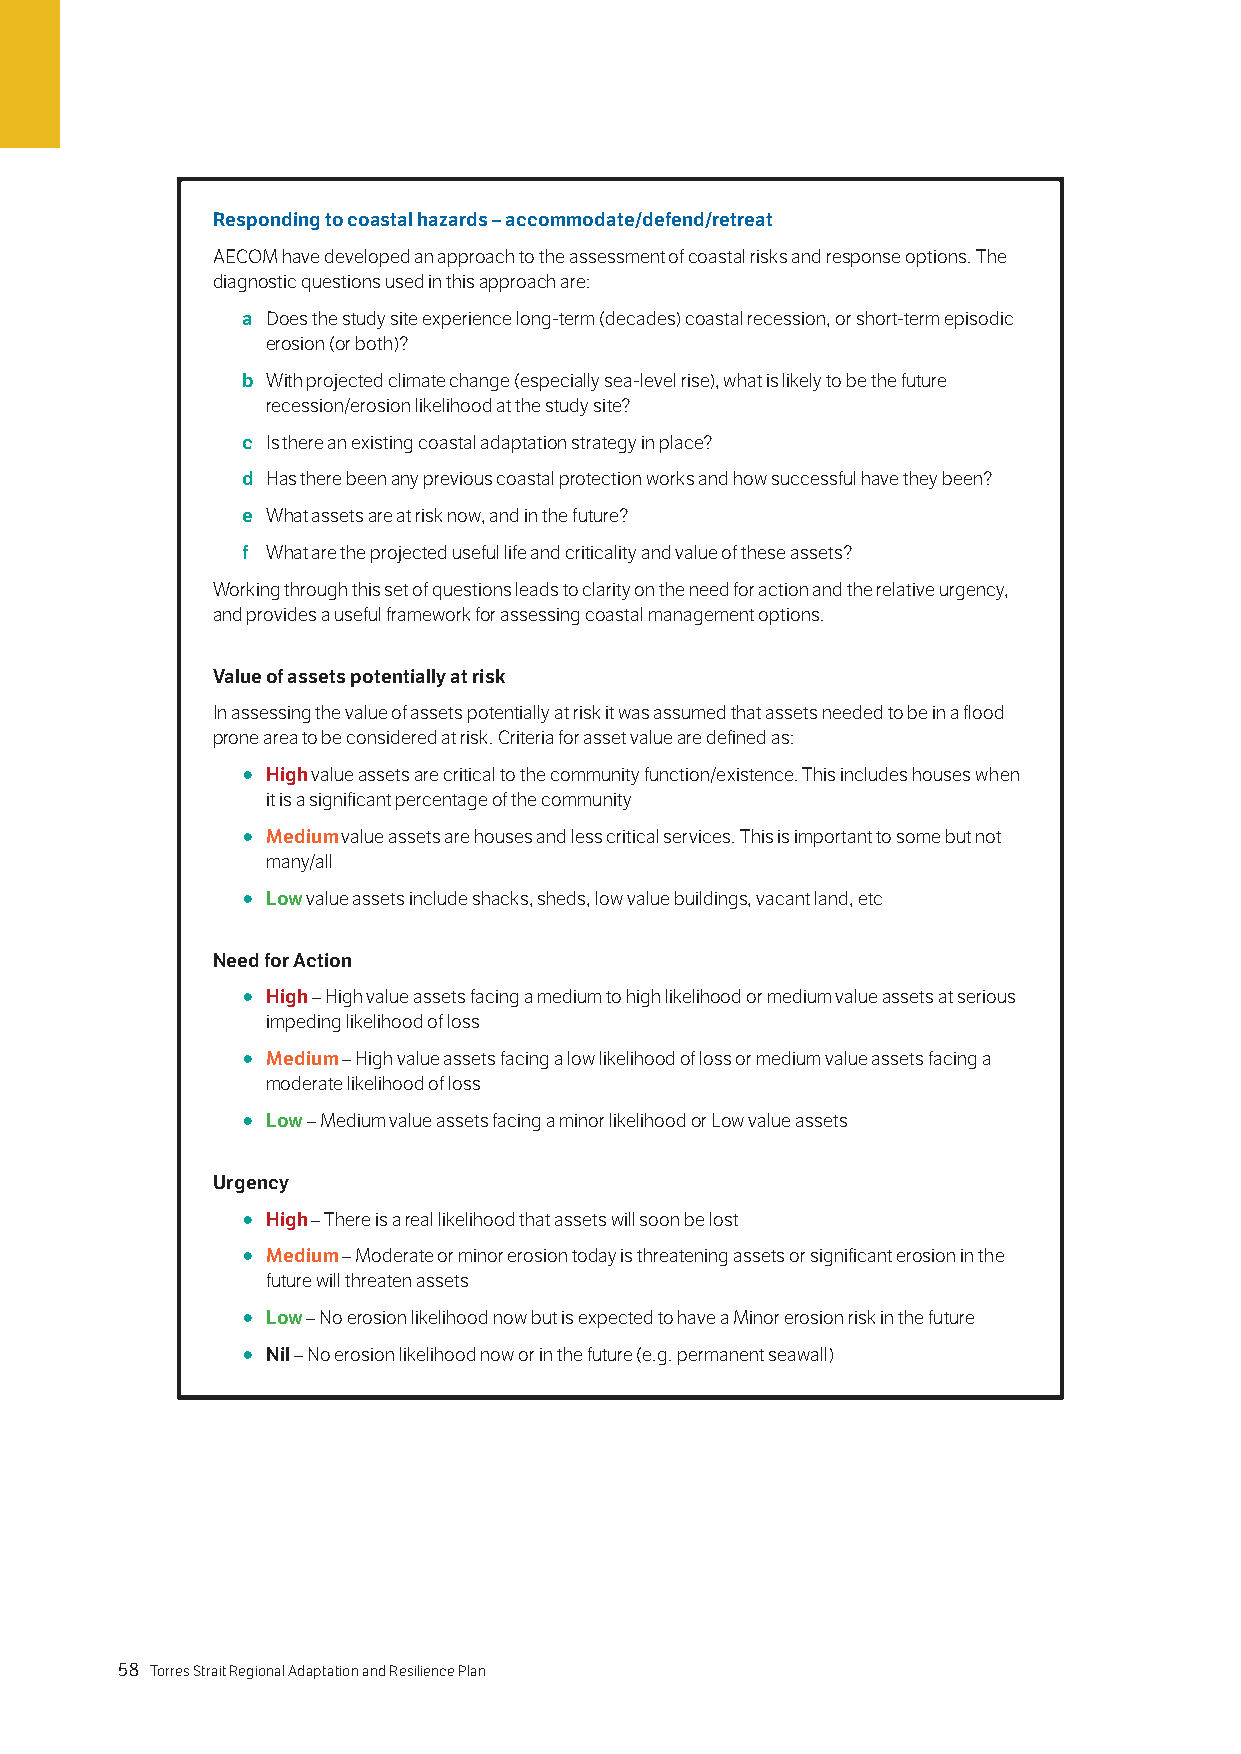
Responding to coastal hazards – accommodate/defend/retreat
 AECOM have developed an approach to the assessment of coastal risks and response options. The
 diagnostic questions used in this approach are:
 a Does the study site experience long-term (decades) coastal recession, or short-term episodic
 erosion (or both)?
 b With projected climate change (especially sea-level rise), what is likely to be the future
 recession/erosion likelihood at the study site?
 c Is there an existing coastal adaptation strategy in place?
 d Has there been any previous coastal protection works and how successful have they been?
 e What assets are at risk now, and in the future?
 f What are the projected useful life and criticality and value of these assets?
 Working through this set of questions leads to clarity on the need for action and the relative urgency,
 and provides a useful framework for assessing coastal management options.
 Value of assets potentially at risk
 In assessing the value of assets potentially at risk it was assumed that assets needed to be in a flood
 prone area to be considered at risk. Criteria for asset value are defined as:
 ○ High value assets are critical to the community function/existence. This includes houses when
 it is a significant percentage of the community
 ○ Medium value assets are houses and less critical services. This is important to some but not
 many/all
 ○ Low value assets include shacks, sheds, low value buildings, vacant land, etc
 Need for Action
 ○ High – High value assets facing a medium to high likelihood or medium value assets at serious
 impeding likelihood of loss
 ○ Medium – High value assets facing a low likelihood of loss or medium value assets facing a
 moderate likelihood of loss
 ○ Low – Medium value assets facing a minor likelihood or Low value assets
 Urgency
 ○ High – There is a real likelihood that assets will soon be lost
 ○ Medium – Moderate or minor erosion today is threatening assets or significant erosion in the
 future will threaten assets
 ○ Low – No erosion likelihood now but is expected to have a Minor erosion risk in the future
 ○ Nil – No erosion likelihood now or in the future (e.g. permanent seawall)
 58 Torres Strait Regional Adaptation and Resilience Plan